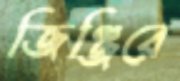
জিঞ্জিরে